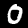
Label: 0